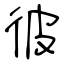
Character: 彼